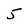
Character: 5